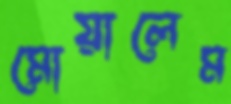
মোয়ালেম